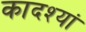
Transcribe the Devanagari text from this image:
कादश्यां